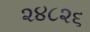
૨૪૮૨૬